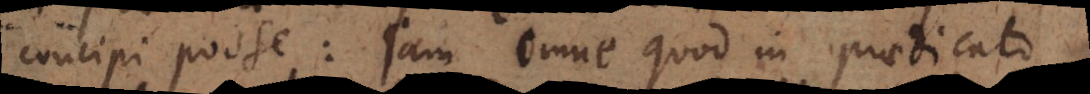
concipi posse: jam omne quod in praedicato